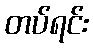
တပ်ရင်း